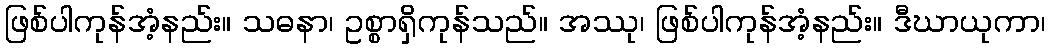
ဖြစ်ပါကုန်အံ့နည်း။ သဓနာ၊ ဥစ္စာရှိကုန်သည်။ အဿု၊ ဖြစ်ပါကုန်အံ့နည်း။ ဒီဃာယုကာ၊